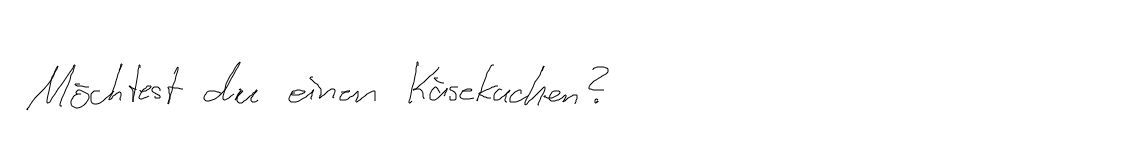
Möchtest du einen Käsekuchen?